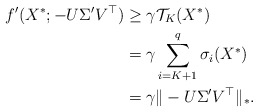
\begin{align*}f'(X^*;-U\Sigma'V^\top) &\ge\gamma\mathcal{T}_K(X^*)\\&=\gamma\sum_{i=K+1}^q\sigma_i(X^*)\\&=\gamma\|-U\Sigma'V^\top\|_*.\end{align*}